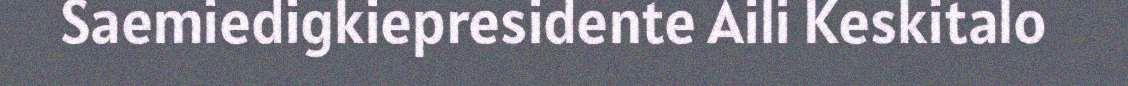
Saemiedigkiepresidente Aili Keskitalo